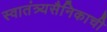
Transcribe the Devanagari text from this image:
स्वातंत्र्यसैनिकाची